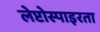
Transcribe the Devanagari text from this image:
लेप्टोस्पाइरता